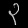
Digit: ၃